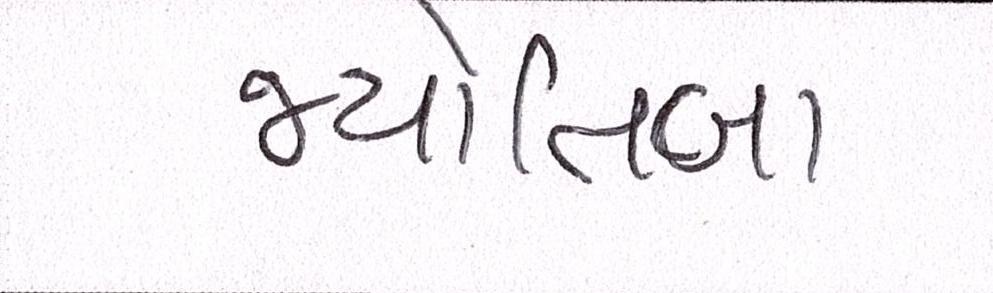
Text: જ્યોતિબા